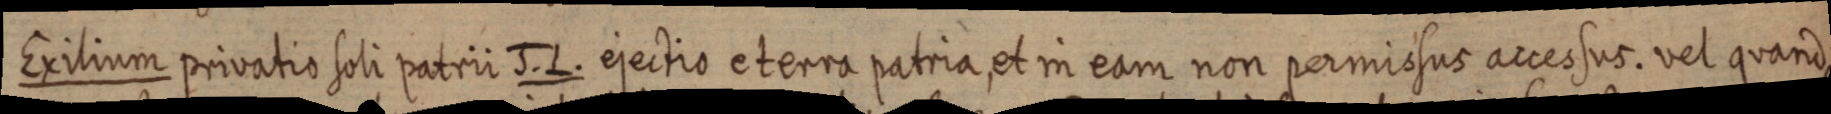
Exilium privatio soli patrii J. L. ejectio e terra patria, et in eam non permissus accessus. vel quando